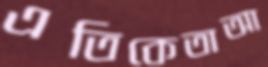
এতিকেতাআ